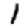
Digit: 1